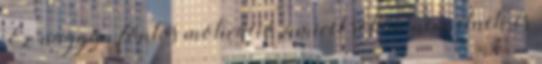
Ez nagyon fontos motiváció, amivel sokan nem élnek, és